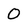
Character: 0